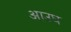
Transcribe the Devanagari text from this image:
आउघ